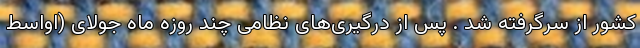
کشور از سرگرفته شد . پس از درگیری‌های نظامی چند روزه ماه جولای (اواسط